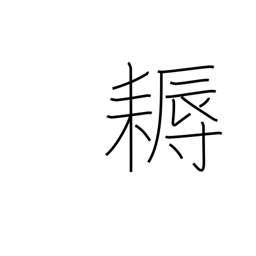
Meaning: hoe